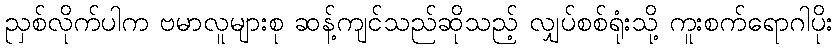
ညှစ်လိုက်ပါက ဗမာလူများစု ဆန့်ကျင်သည်ဆိုသည့် လျှပ်စစ်ရုံးသို့ ကူးစက်ရောဂါပိုး